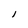
Character: l